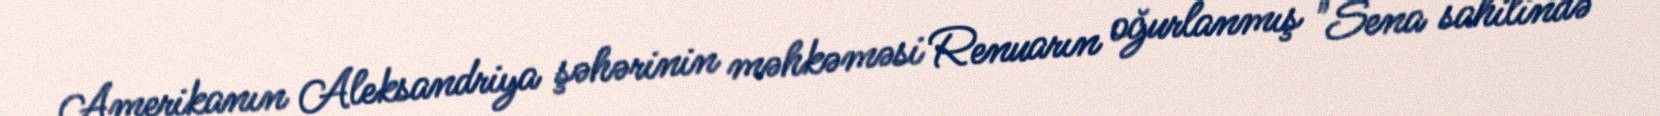
Amerikanın Aleksandriya şəhərinin məhkəməsi Renuarın oğurlanmış "Sena sahilində